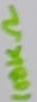
Text: 100KΩ